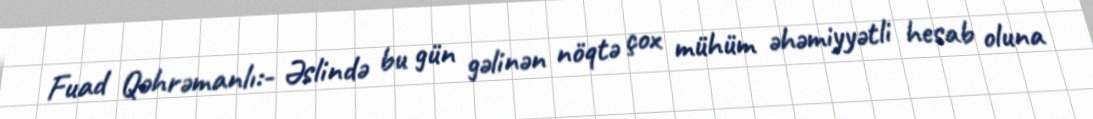
Fuad Qəhrəmanlı:- Əslində bu gün gəlinən nöqtə çox mühüm əhəmiyyətli hesab oluna